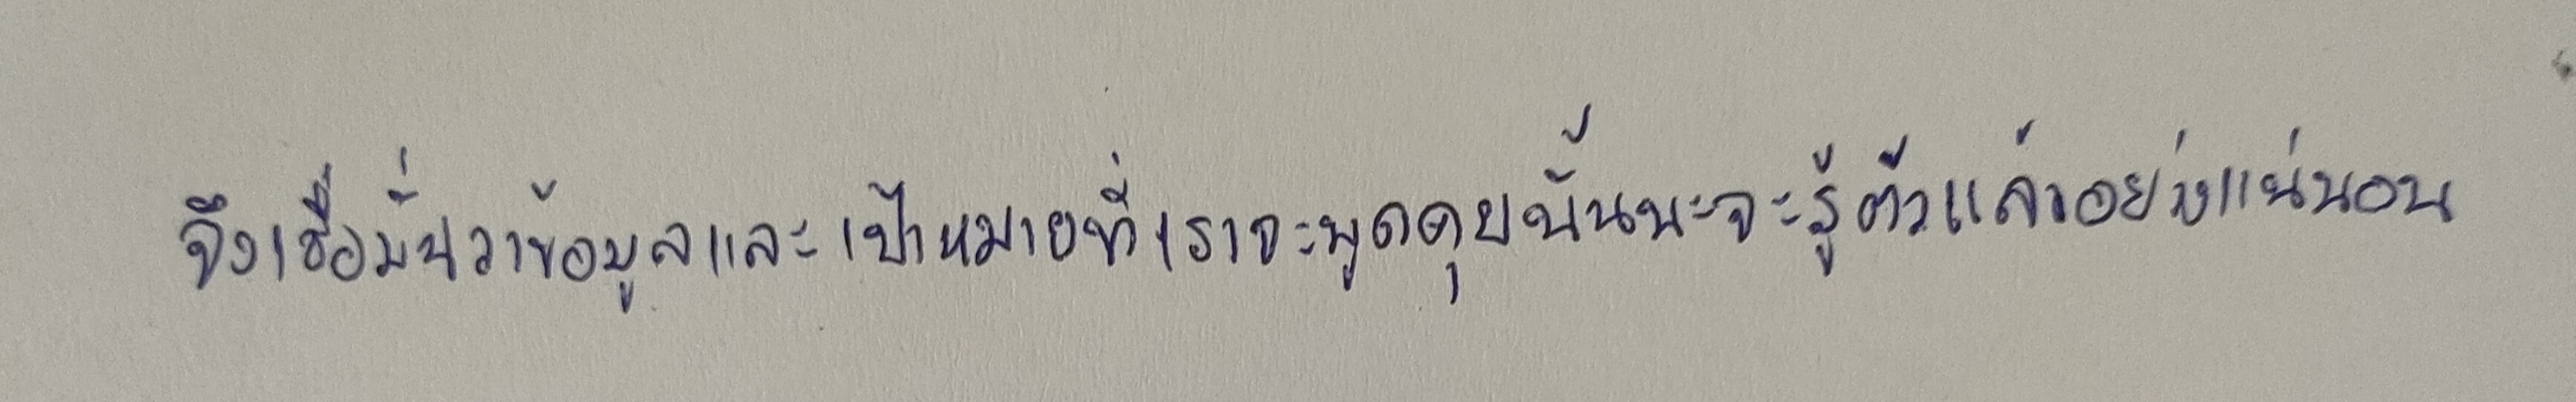
จึงเชื่อมั่นว่าข้อมูลและเป้าหมายที่เราจะพูดคุยนั้นน่าจะรู้ตัวแล้วอย่างแน่นอน